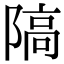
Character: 䧚